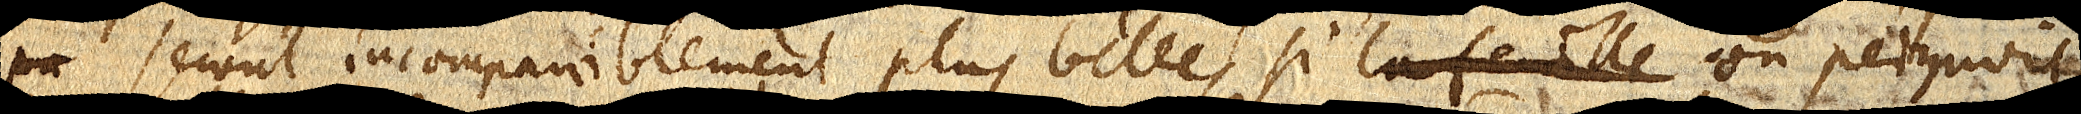
pa seront incomparablement plus belles, si on peignoit